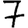
Digit: 7